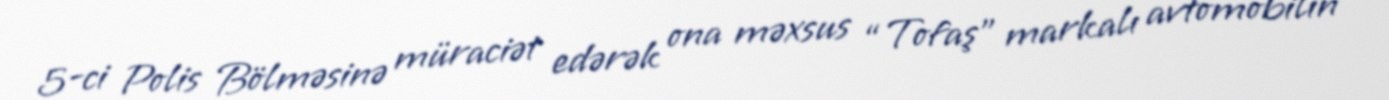
5-ci Polis Bölməsinə müraciət edərək ona məxsus “Tofaş” markalı avtomobilin